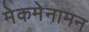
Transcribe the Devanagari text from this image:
मेकमेनामन